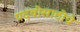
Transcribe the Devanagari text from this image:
पदवीसाठीचे